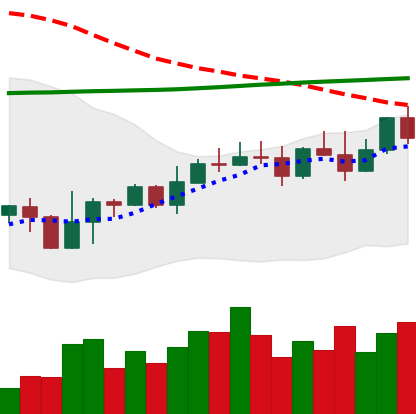
Ticker: EOS-USD
Chart end date: 2022-11-05
Forward return: -19.488%
Label: down_7plus